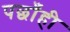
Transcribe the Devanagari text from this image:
पछाँही